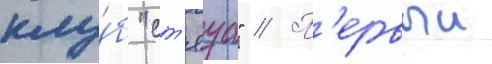
клу́б "ст'яуа" // П'ервыи